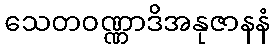
သေတဝဏ္ဏာဒိအနုဇာနနံ